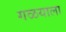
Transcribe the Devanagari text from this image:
गळयाला